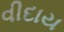
વીદાય